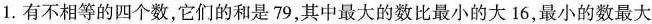
1. 有不相等的四个数，它们的和是79，其中最大的数比最小的大16，最小的数最大